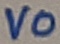
Text: VO